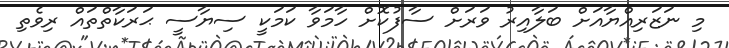
މި ނަޒަރިއްޔާއަށް ބަލާއިރު ވަރަށް ސާފުކޮށް ހާމަވާ ކަމަކީ ސިޔާސީ ޙަރަކާތްތައް ރިވެތި